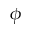
\phi